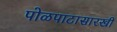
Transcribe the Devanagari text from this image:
पोळपाटासारखी